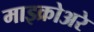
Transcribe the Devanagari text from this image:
माइक्रोअरे